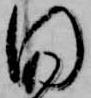
同